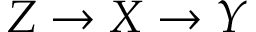
Z \rightarrow X \rightarrow Y